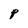
Character: P